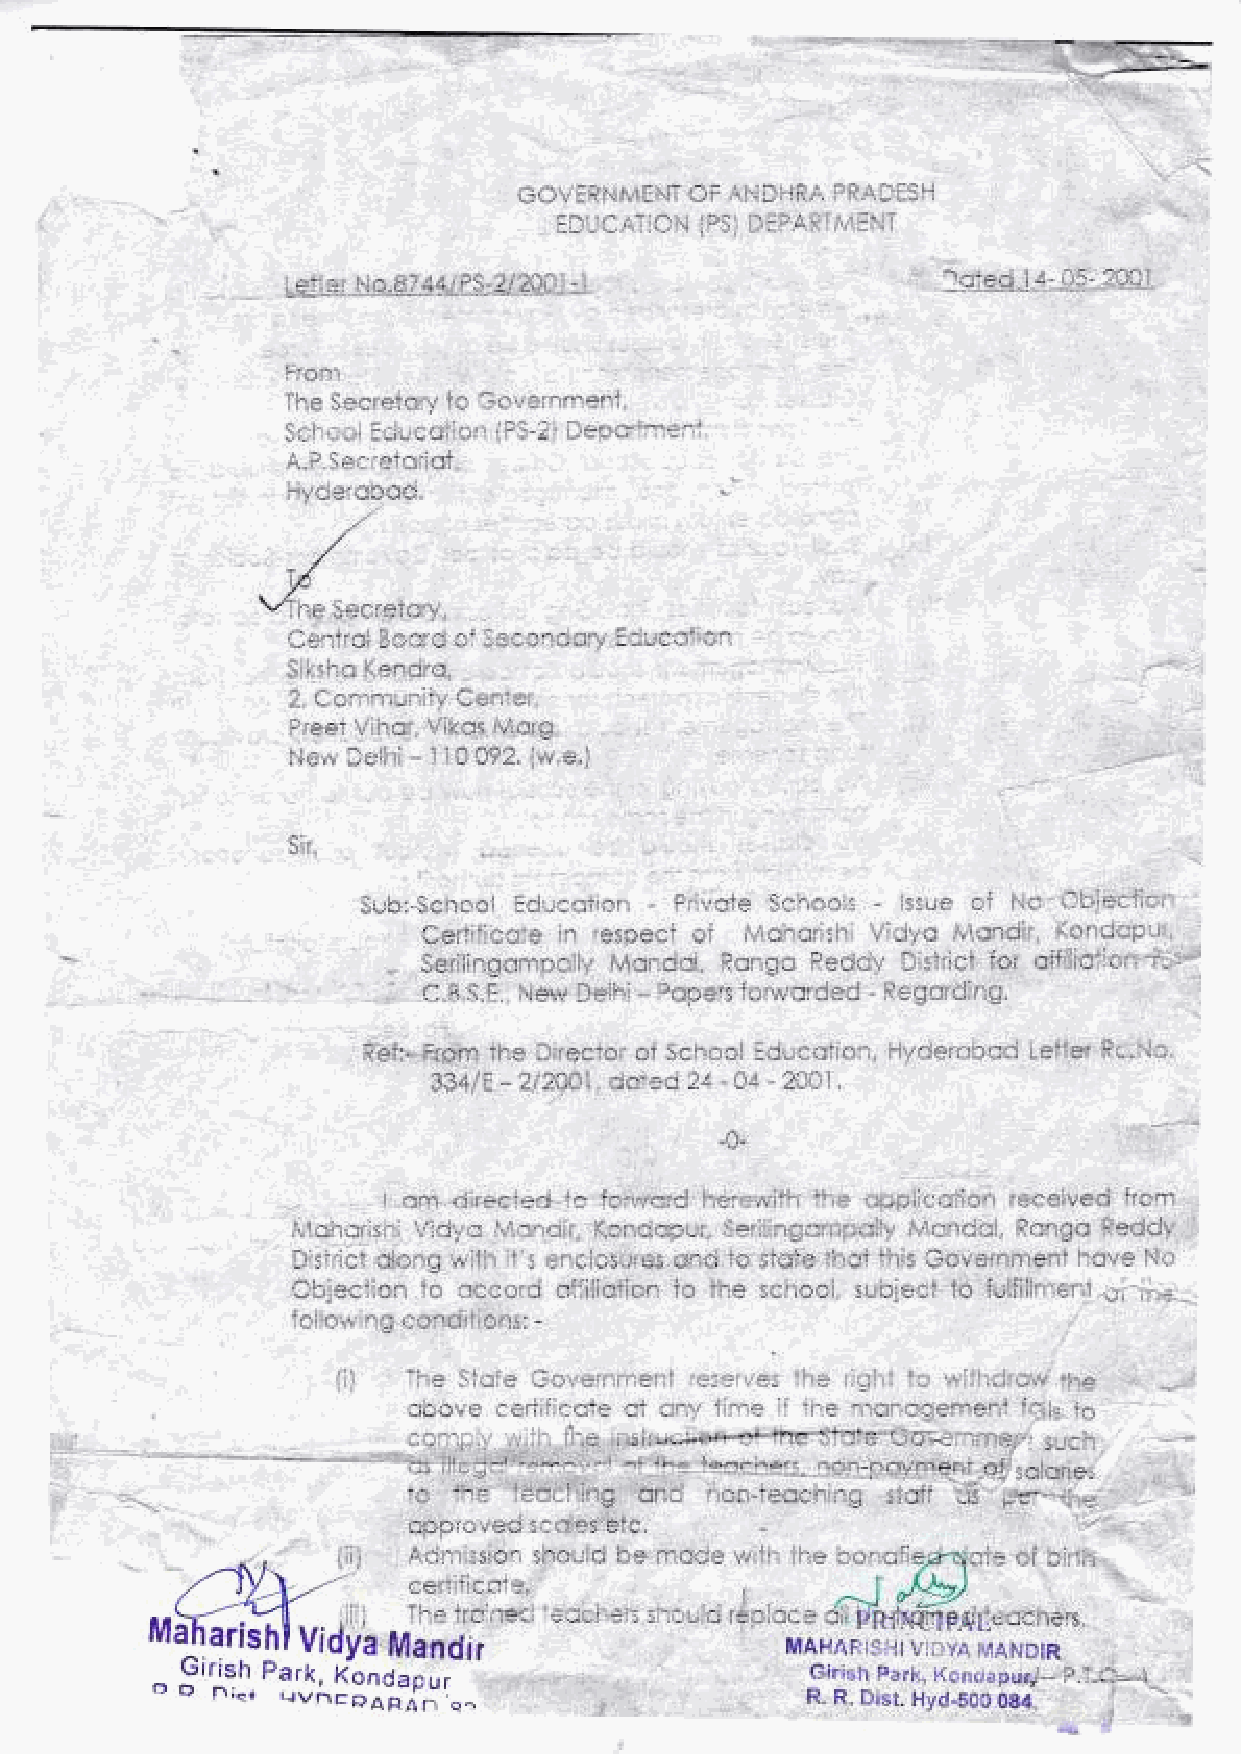
::;: {r : .....ffi:: .r . ! ff-i. *::..:.:-.-j e:ir:
 S{;v f fttrt*;ji'tT SF AFj ii ift"$' }fr +il IS 11
 -.*;laT:0'i
 iP:l *firs iTF.'i*iiT
 ;
 .q.i) 5*citYi}'l#+,,
 :,::.,'
 l$,*s*lrlh*4xr",,
 nit'::1$Ir,i:
 : i,: li r i:: :: ': :: ,:: : ;}'.. . rir n r. . :::r :' r.: .i J!. .r :- . :
 ;l 'r: ,;
 . i*ij ;.s -.
 !t.: ;!.p... : ,:i:r+,l i:i! t:.
 ,, ,. i. ,1 ,.: ,. ii : : : :: :i: il :Jil ,r t '] i t': : 'i: i: ii l. t ]ti :' 1 i,,:",.:,
 ; t:.::.,,:, :: :a:.:a;:::l:t:' ,... ...
 Sub:"$ciro*t *iL-,tnii31 - pii','*t* $cn*c's - '::ue c{ i;eY '}*i**fii:t
 Ce$iii,;.;:* tsr r6s3*r:t #f Saai:3,;iri ',,,'i'J',,# rl4':rrSil S*rl#*p ",
 *gtttlh$*,r16lv', *n*$[-ffi*r3g $r**"t5- iinffi' i:ii,[h l r"
 fiig; :#;;   'ftiE'$ t$t @   '; u*#ltt#r'"     ;. ',et ;:.
 ioii*i', ing *4Hhr*i]slr l
 Lt
 li!,lllf t. I tilri:.;i;i:i:l
 :,-r;l-"!,i .*i.
 iiL:r!::a:r:.:yl1jf,iiiirL*vji*,.d
 liiil= r:'
 :ll
 :i+l ' -1;.4til*a;l:"'                                                 i.:-i,:: ffti
 "
 '